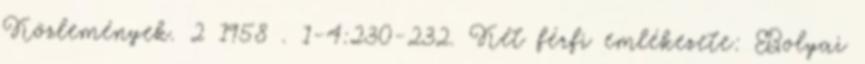
Közlemények. 2 1958 . 1-4:230-232. Két férfi emlékezete: Bolyai